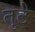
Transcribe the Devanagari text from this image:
तुटे